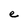
Character: e